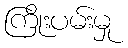
ကြိုးပမ်းမှု